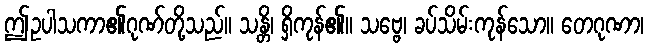
ဤဥပါသကာ၏ဂုဏ်တို့သည်။ သန္တိ၊ ရှိကုန်၏။ သဗ္ဗေ၊ ခပ်သိမ်းကုန်သော။ တေဂုဏာ၊